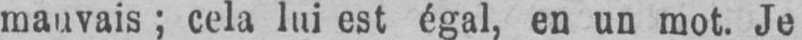
mauvais; cela lui est égal, en un mot. Je